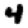
Digit: 4